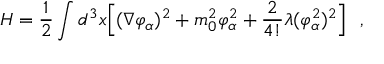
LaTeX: H = { \frac { 1 } { 2 } } \int d ^ { 3 } x \Bigl [ ( \nabla \varphi _ { \alpha } ) ^ { 2 } + m _ { 0 } ^ { 2 } \varphi _ { \alpha } ^ { 2 } + { \frac { 2 } { 4 ! } } \lambda ( \varphi _ { \alpha } ^ { 2 } ) ^ { 2 } \Bigr ] \ \ ,